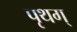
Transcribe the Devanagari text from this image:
पृथग्